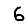
Digit: 6